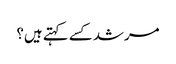
مرشد کسے کہتے ہیں؟